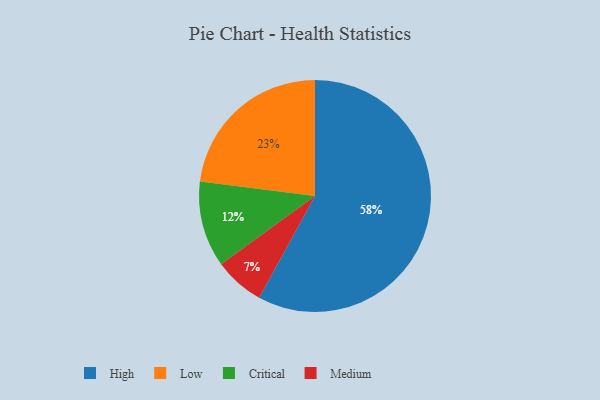
{"axis": {"x": "Category", "y": "Percentage"}, "legend": ["Critical", "High", "Low", "Medium"], "data": [{"x": "High", "y": 58, "type": "High"}, {"x": "Critical", "y": 12, "type": "Critical"}, {"x": "Medium", "y": 7, "type": "Medium"}, {"x": "Low", "y": 23, "type": "Low"}]}